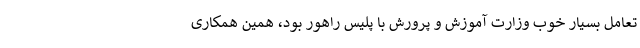
تعامل بسیار خوب وزارت آموزش و پرورش با پلیس راهور بود، همین همکاری